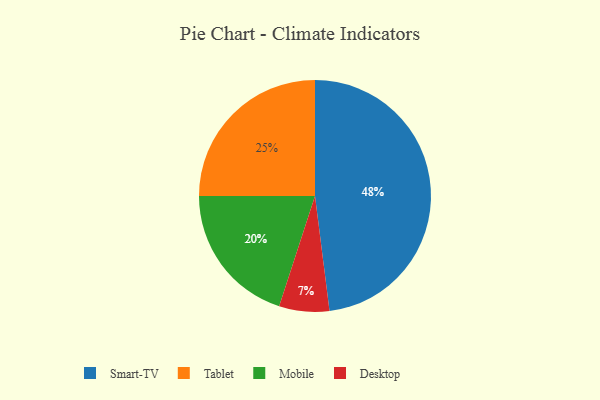
{"axis": {"x": "Category", "y": "Percentage"}, "legend": ["Desktop", "Mobile", "Smart-TV", "Tablet"], "data": [{"x": "Desktop", "y": 7, "type": "Desktop"}, {"x": "Tablet", "y": 25, "type": "Tablet"}, {"x": "Mobile", "y": 20, "type": "Mobile"}, {"x": "Smart-TV", "y": 48, "type": "Smart-TV"}]}